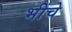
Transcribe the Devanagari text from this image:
भींचे